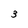
Character: 3